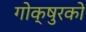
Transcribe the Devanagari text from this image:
गोक्षुरको